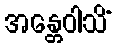
အန္တေဝါသိံ